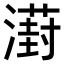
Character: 𣿝